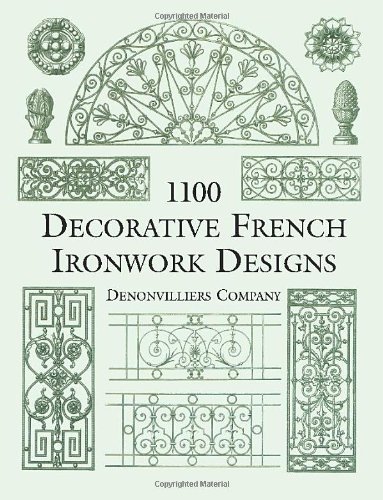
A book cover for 1100 Decorative French Ironwork Designs (Dover Pictorial Archive); Denonvilliers Co.; Arts & Photography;